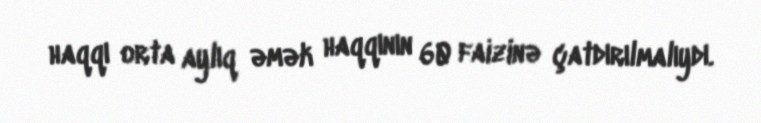
haqqı orta aylıq əmək haqqının 60 faizinə çatdırılmalıydı.